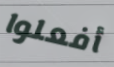
أفعلوا